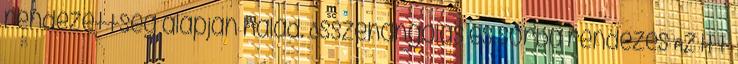
rendezettség alapján halad. Összehangolás és sorba rendezés Az itt